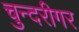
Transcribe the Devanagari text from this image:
चुन्दरीगर